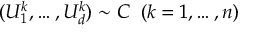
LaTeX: ( U _ { 1 } ^ { k } , \dots , U _ { d } ^ { k } ) \sim C \; \; ( k = 1 , \dots , n )